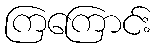
ကြကြောင်း